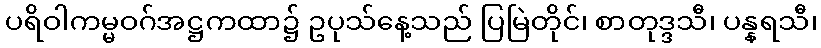
ပရိဝါကမ္မဝဂ်အဋ္ဌကထာ၌ ဥပုသ်နေ့သည် ပြမြဲတိုင်၊ စာတုဒ္ဒသီ၊ ပန္နရသီ၊